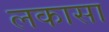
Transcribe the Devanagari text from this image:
लकासा